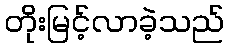
တိုးမြင့်လာခဲ့သည်